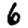
Digit: 6